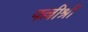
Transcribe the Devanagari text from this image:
पल्लीश्री